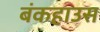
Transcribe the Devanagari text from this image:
बंकहाउस